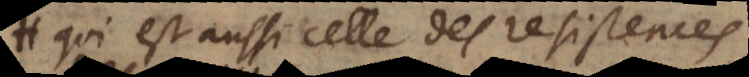
qui est aussi celle des resistences